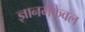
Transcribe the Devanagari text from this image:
ज्ञानमेंकेवल